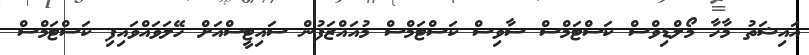
އައިޝަތު މާހާ މޯލްޑިވްސް ކަސްޓަމްސް ސާވިސް ކަސްޓަމްސް މުއައްޒަފުން ސައިޓީސްއަށް ހޭލަވައްވައިފި ކަސްޓަމްސް